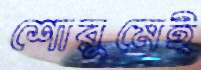
শোরুমেই